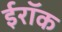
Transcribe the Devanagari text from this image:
ईरॉक